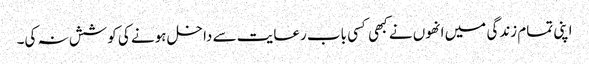
اپنی تمام زندگی میں انھوں نے کبھی کسی باب رعایت سے داخل ہونے کی کوشش نہ کی۔